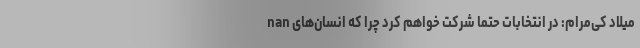
nan میلاد کی‌مرام: در انتخابات حتما شرکت خواهم کرد چرا که انسان‌های